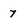
Character: 7